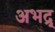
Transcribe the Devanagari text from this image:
अभद्र्